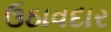
ઉઠાવદાર